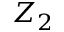
Z _ { 2 }